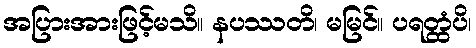
အပြားအားဖြင့်မသိ။ နပဿတိ၊ မမြင်။ ပရတ္ထံပိ၊